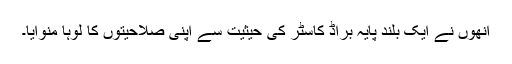
انھوں نے ایک بلند پایہ براڈ کاسٹر کی حیثیت سے اپنی صلاحیتوں کا لوہا منوایا۔